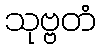
သုဗ္ဗတံ